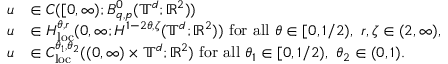
\begin{array} { r l } { u } & { \in C ( [ 0 , \infty ) ; B _ { q , p } ^ { 0 } ( \mathbb { T } ^ { d } ; { \mathbb R } ^ { 2 } ) ) } \\ { u } & { \in H _ { \mathrm { l o c } } ^ { \theta , r } ( 0 , \infty ; H ^ { 1 - 2 \theta , \zeta } ( \mathbb { T } ^ { d } ; { \mathbb R } ^ { 2 } ) ) \ \mathrm { f o r ~ a l l ~ } \theta \in [ 0 , 1 / 2 ) , \ r , \zeta \in ( 2 , \infty ) , } \\ { u } & { \in C _ { \mathrm { l o c } } ^ { \theta _ { 1 } , \theta _ { 2 } } ( ( 0 , \infty ) \times \mathbb { T } ^ { d } ; { \mathbb R } ^ { 2 } ) \ \mathrm { f o r ~ a l l ~ } \theta _ { 1 } \in [ 0 , 1 / 2 ) , \ \theta _ { 2 } \in ( 0 , 1 ) . } \end{array}